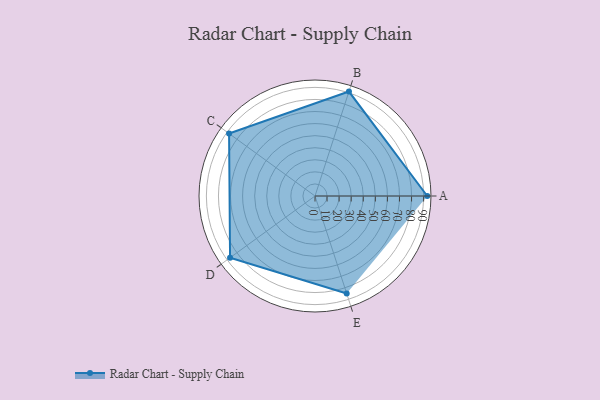
{"axis": {"x": "Skill", "y": "Score"}, "legend": ["Profile"], "data": [{"x": "A", "y": 93.0, "type": "Profile"}, {"x": "B", "y": 91.0, "type": "Profile"}, {"x": "C", "y": 88.0, "type": "Profile"}, {"x": "D", "y": 87.0, "type": "Profile"}, {"x": "E", "y": 85.0, "type": "Profile"}]}